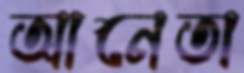
আনেতা